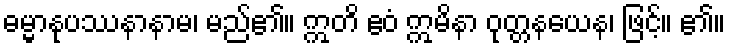
ဓမ္မာနုပဿနာနာမ၊ မည်၏။ ဣတိ ဧဝံ ဣမိနာ ဝုတ္တနယေန၊ ဖြင့်။ ၏။